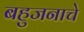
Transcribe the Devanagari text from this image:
बहुजनाचे